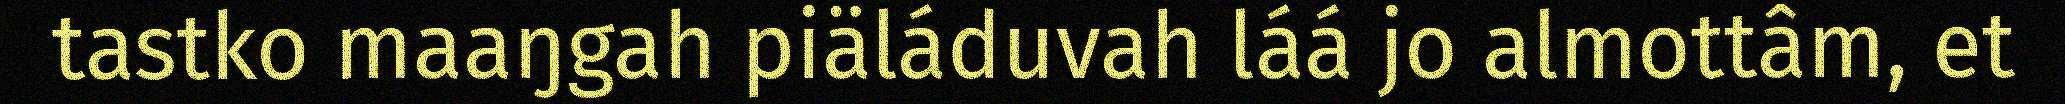
tastko maaŋgah piäláduvah láá jo almottâm, et